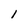
Character: I